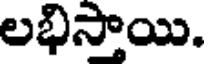
లభిస్తాయి.